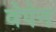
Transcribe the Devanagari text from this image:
वेपेन